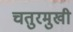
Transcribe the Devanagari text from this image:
चतुरमुखी